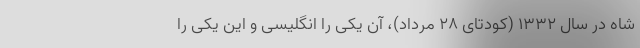
شاه در سال ۱۳۳۲ (کودتای ۲۸ مرداد)، آن یکی را انگلیسی و این یکی را